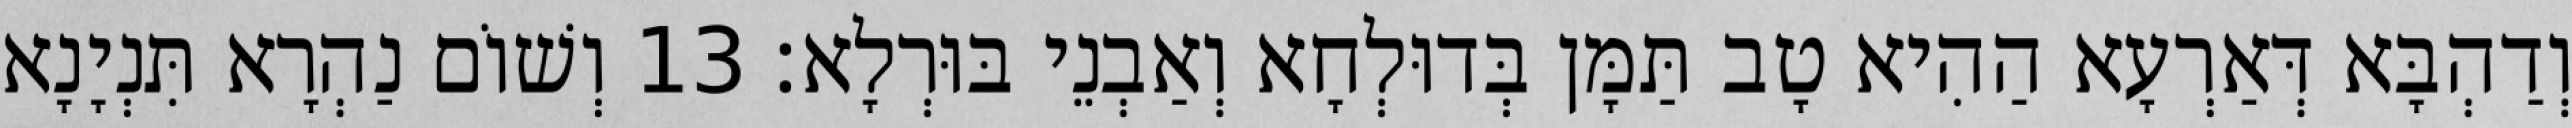
וְדַהְבָּא דְּאַרְעָא הַהִיא טָב תַּמָּן בְּדוּלְחָא וְאַבְנֵי בּוּרְלָא׃ 13 וְשׁוֹם נַהְרָא תִּנְיָנָא